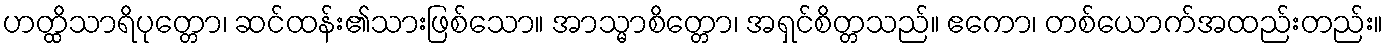
ဟတ္ထိသာရိပုတ္တော၊ ဆင်ထန်း၏သားဖြစ်သော။ အာသ္မာစိတ္တော၊ အရှင်စိတ္တသည်။ ဧကော၊ တစ်ယောက်အထည်းတည်း။